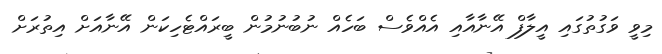
މިވީ ވަގުތުގައި އީލާފް އޭނާއާއި އެއްވެސް ބަހެއް ނުބުނުމުން ބީރައްޓެހިކަން އޭނާއަށް އިތުރަށް